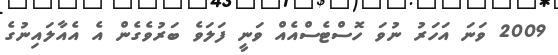
2009 ވަނަ އަހަރު ނުވަ ހޮސްޓެސްއެއް ވަނީ ފަލަވެ ބަރުވެގެން އެ އެއާލައިނުގެ